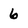
Character: 6